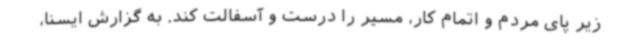
زیر پای مردم و اتمام کار، مسیر را درست و آسفالت کند. به گزارش ایسنا،